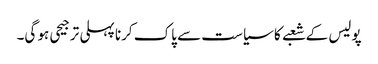
پولیس کے شعبے کا سیاست سے پاک کرنا پہلی ترجیحی ہو گی۔